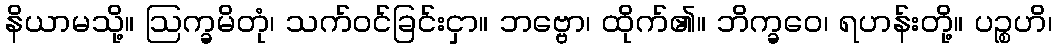
နိယာမသို့။ ဩက္ခမိတုံ၊ သက်ဝင်ခြင်းငှာ။ ဘဗ္ဗော၊ ထိုက်၏။ ဘိက္ခဝေ၊ ရဟန်းတို့။ ပဉ္စဟိ၊